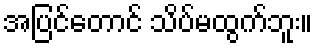
အပြင်တောင် သိပ်မထွက်ဘူး။